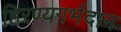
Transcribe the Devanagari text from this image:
हिरण्यगर्भदान